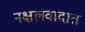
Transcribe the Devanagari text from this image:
नक्षलवादात